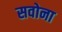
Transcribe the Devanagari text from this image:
सवोना